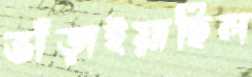
ভাঁড়াইয়াছিল